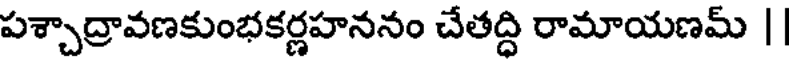
పశ్చాద్రావణకుంభకర్ణహననం చేతద్ధి రామాయణమ్ ||